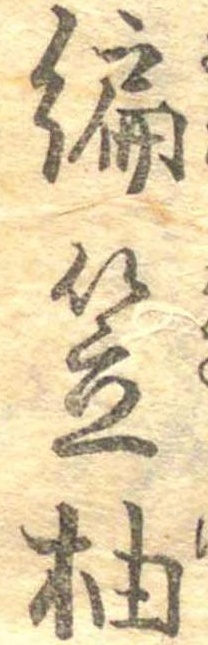
編笠柚